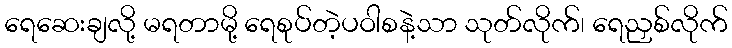
ရေဆေးချလို့ မရတာမို့ ရေစုပ်တဲ့ပဝါစနဲ့သာ သုတ်လိုက်၊ ရေညှစ်လိုက်